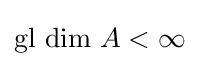
{\mbox{gl dim }}A<\infty